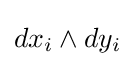
dx_{i}\wedge dy_{i}